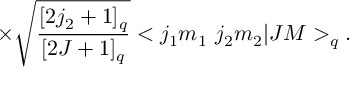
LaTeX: \times \sqrt { \frac { [ 2 j _ { 2 } + 1 ] _ { q } } { [ 2 J + 1 ] _ { q } } } < j _ { 1 } m _ { 1 } \ j _ { 2 } m _ { 2 } | J M > _ { q } .